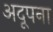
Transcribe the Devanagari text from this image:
अदूपना